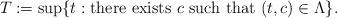
LaTeX: \begin{align*}T:=\sup\{t:{\rm there\ exists}\ c\ {\rm such\ that}\ (t,c)\in\Lambda\}.\end{align*}